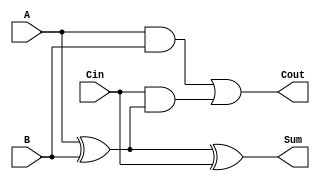
module FullAdder (
    input A,        // First input bit
    input B,        // Second input bit
    input Cin,      // Carry input
    output Sum,     // Sum output
    output Cout     // Carry output
);
    assign Sum = A ^ B ^ Cin; // Sum = A XOR B XOR Cin
    assign Cout = (A & B) | (Cin & (A ^ B)); // Carry = (A AND B) OR (Cin AND (A XOR B))
endmodule